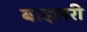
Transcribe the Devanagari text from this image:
बाइलरी